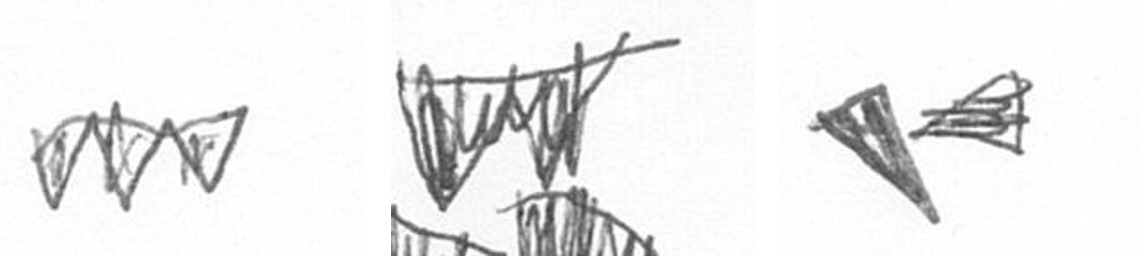
L B F